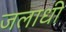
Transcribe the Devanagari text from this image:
जलाधी